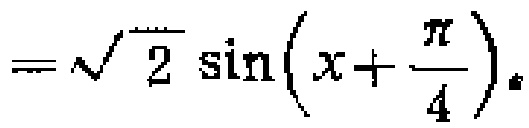
$=\sqrt{2} \sin \left(x+\frac{\pi}{4}\right)$